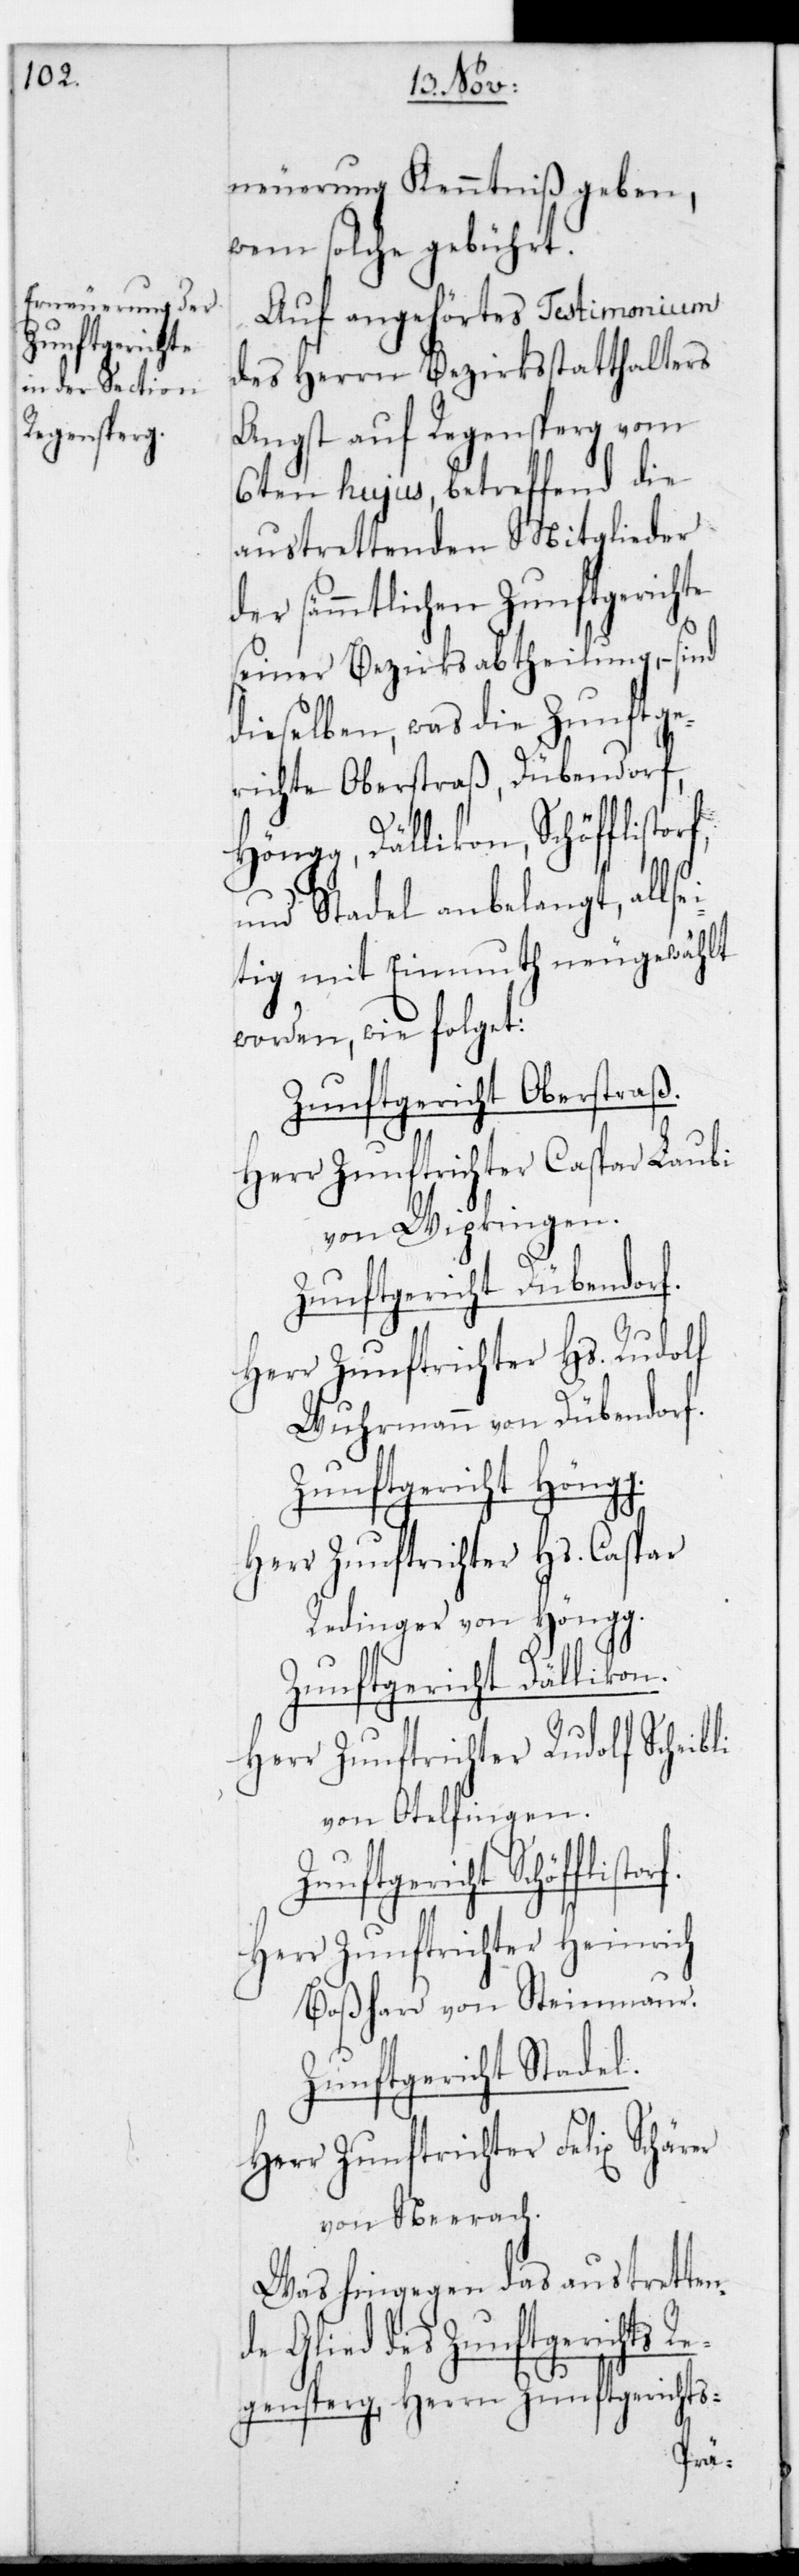
Zunftgericht

neuerung Kenntniß geben,
wem solche gebührt.
Auf angehörtes Testimonium
des Herrn Bezirksstatthalters
Angst auf Regensberg vom
6ten hujus, betreffend die
austrettenden Mitglieder
der sämmtlichen Zunftgerichte
seiner Bezirksabtheilung, – sind
dieselben, was die Zunftge¬
richte Oberstraß, Dübendorf,
li
Höngg, Dällikon, Schöfflistorf
und Stadel anbelangt, allse¬
itig mit Einmuth neugewählt
worden, wie folget:
Zunftgericht Oberstraß.
Herr Zunftrichter Caspar Laubi
von Wipkingen.
Zunftgericht Dübendorf.
Herr Zunftrichter Hs. Rudolf
Wuhrmann von Dübendorf.
Zunftgericht Höngg.
Herr Zunftrichter Hs. Caspar
Redinger von Höngg.
Zunftgericht Dällikon.
Herr Zunftrichter Rudolf Scheib¬
von Otelfingen.
Herr Zunftrichter Heinrich
Boßhard von Steinmaur.
Zunftgericht Stadel.
Herr Zunftrichter Felix Schärer
von Neerach.
Was hingegen das austretten¬
de Glied des Zunftgerichts
Regensberg, Herrn Zunftgerichts-